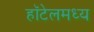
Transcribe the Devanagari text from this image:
हॉटेलमध्य